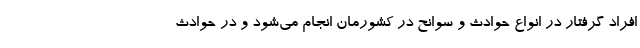
افراد گرفتار در انواع حوادث و سوانح در کشورمان انجام می‌شود و در حوادث